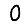
Digit: 0